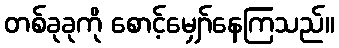
တစ်ခုခုကို စောင့်မျှော်နေကြသည်။